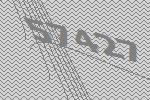
57427